Vaccine operations Central Provinces 1886-1899 - 1886-1899
Year: 1886
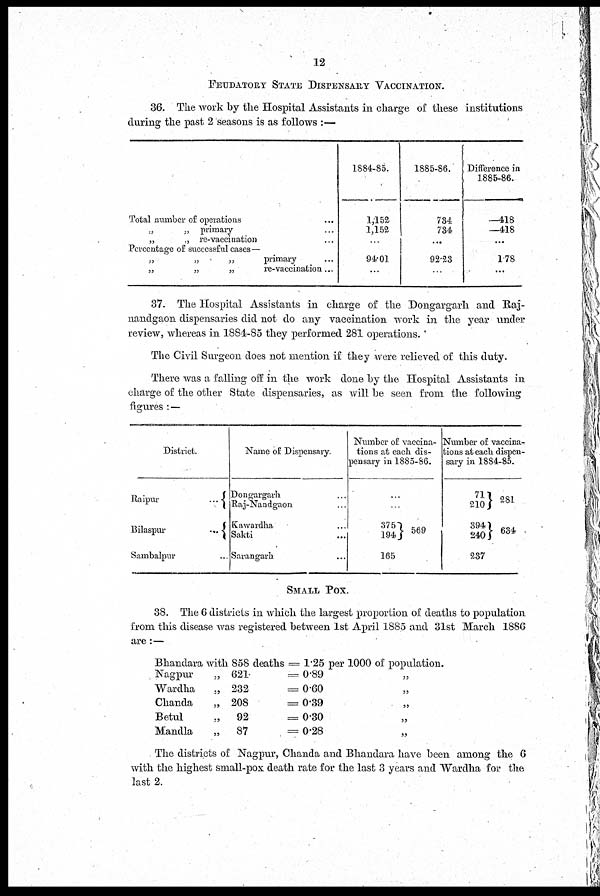
12
FEUDATORY STATE DISPENSARY VACCINATION.
36. The work by the Hospital Assistants in charge of these institutions
during the past 2 seasons is as follows :—
Total number of operations ...
„
„ primary ...
„
„ re-vaccination ...
Percentage of successful cases—
„
„
„
primary ...
„
„
„
re-vaccination ...
1884-85.
1,452
1,152
...
...
94.01
...
1885-86.
734
734
...
...
92.23
...
Difference in
1885-86.
-418
-418
...
...
1.78
...
37. The Hospital Assistants in charge of the Dongargarh and Raj¬
nandgaon dispensaries did not do any vaccination work in the year under
review, whereas in 1884-85 they performed 281 operations.
The Civil Surgeon does not mention if they were relieved of this duty.
There was a falling off in the work done by the Hospital Assistants in
charge of the other State dispensaries, as will be seen from the following
figures:—
District.
Raipur
...
Bilaspur
...
Sambalpur ...
Name of Dispensary.
Dongargarh ...
Raj-Nandgaon ...
Kawardha ...
Sakti ...
Sarangarh ...
Number of vaccina-
tions at each dis-
pensary in 1885-86.
...
...
375
194
569
165
Number of vaccina-
tions at each dispen-
sary in 1884-85.
71
210
39
240
281
634
237
SMALL POX.
38. The 6 districts in which the largest proportion of deaths to population
from this disease was registered between 1st April 1885 and 31st March 1886
are:—
Bhandara with 858 deaths
Nagpur
„
Wardha
„
Chanda
„
Betul
„
Mandla
„
621
232
208
92
87
= 1.25 per 1000 of population.
= 0.89
= 0.60
= 0.39
= 0.30
= 0.28
The districts of Nagpur, Chanda and Bhandara have been among the 6
with the highest small-pox death rate for the last 3 years and Wardha for the
last 2.